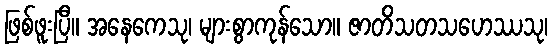
ဖြစ်ဖူးပြီ။ အနေကေသု၊ များစွာကုန်သော။ ဇာတိသတသဟေဿသု၊